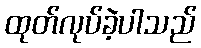
ထုတ်လုပ်ခဲ့ပါသည်